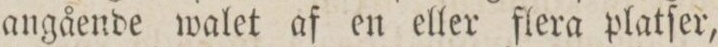
angående walet af en eller flera platſer,